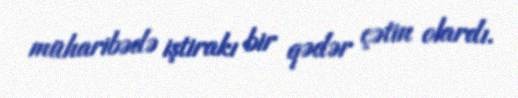
müharibədə iştirakı bir qədər çətin olardı.